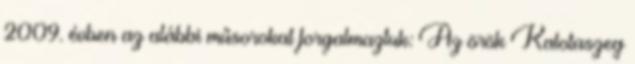
2009. évben az alábbi műsorokat forgalmaztuk: Az örök Kalotaszeg